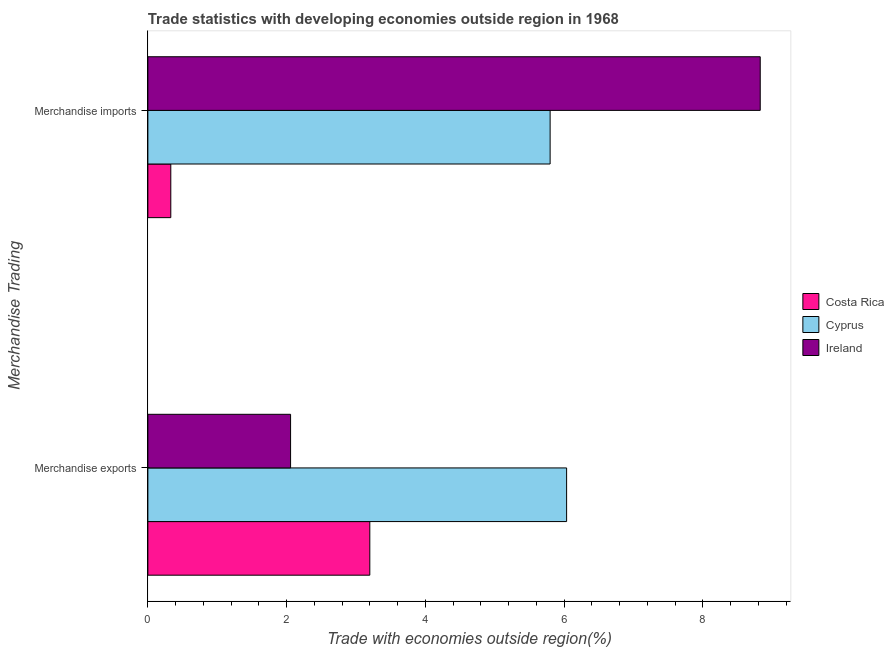
| Merchandise Trading | Costa Rica | Cyprus | Ireland |
 | --- | --- | --- | --- |
 | Merchandise exports | 3.2 | 6.04 | 2.06 |
 | Merchandise imports | 0.331 | 5.8 | 8.83 |